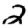
Digit: 2